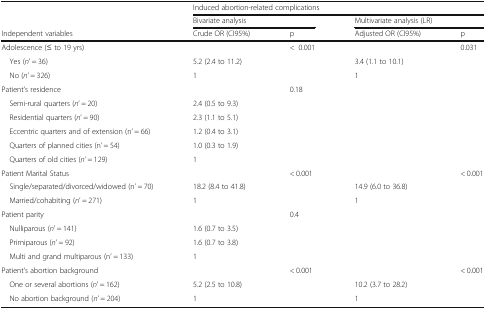
<table><thead><tr><td></td><td colspan="4"><b>Induced abortion-related complications</b></td></tr><tr><td></td><td colspan="2"><b>Bivariate analysis</b></td><td colspan="2"><b>Multivariate analysis (LR)</b></td></tr><tr><td><b>Independent variables</b></td><td><b>Crude OR (CI95%)</b></td><td><b>p</b></td><td><b>Adjusted OR (CI95%)</b></td><td><b>p</b></td></tr></thead><tbody><tr><td>Adolescence (≤ to 19 yrs)</td><td></td><td>&lt;0.001</td><td></td><td>0.031</td></tr><tr><td> Yes (<i>n</i>’ = 36)</td><td>5.2 (2.4 to 11.2)</td><td></td><td>3.4 (1.1 to 10.1)</td><td></td></tr><tr><td> No (<i>n</i>’ = 326)</td><td>1</td><td></td><td>1</td><td></td></tr><tr><td>Patient’s residence</td><td></td><td>0.18</td><td></td><td></td></tr><tr><td> Semi-rural quarters (<i>n</i>’ = 20)</td><td>2.4 (0.5 to 9.3)</td><td></td><td></td><td></td></tr><tr><td> Residential quarters (<i>n</i>’ = 90)</td><td>2.3 (1.1 to 5.1)</td><td></td><td></td><td></td></tr><tr><td> Eccentric quarters and of extension (n’ = 66)</td><td>1.2 (0.4 to 3.1)</td><td></td><td></td><td></td></tr><tr><td> Quarters of planned cities (n’ = 54)</td><td>1.0 (0.3 to 1.9)</td><td></td><td></td><td></td></tr><tr><td> Quarters of old cities (<i>n</i>’ = 129)</td><td>1</td><td></td><td></td><td></td></tr><tr><td>Patient Marital Status</td><td></td><td>&lt; 0.001</td><td></td><td>&lt; 0.001</td></tr><tr><td> Single/separated/divorced/widowed (n’ = 70)</td><td>18.2 (8.4 to 41.8)</td><td></td><td>14.9 (6.0 to 36.8)</td><td></td></tr><tr><td> Married/cohabiting (<i>n</i>’ = 271)</td><td>1</td><td></td><td>1</td><td></td></tr><tr><td>Patient parity</td><td></td><td>0.4</td><td></td><td></td></tr><tr><td> Nulliparous (<i>n</i>’ = 141)</td><td>1.6 (0.7 to 3.5)</td><td></td><td></td><td></td></tr><tr><td> Primiparous (<i>n</i>’ = 92)</td><td>1.6 (0.7 to 3.8)</td><td></td><td></td><td></td></tr><tr><td> Multi and grand multiparous (n’ = 133)</td><td>1</td><td></td><td></td><td></td></tr><tr><td>Patient’s abortion background</td><td></td><td>&lt; 0.001</td><td></td><td>&lt; 0.001</td></tr><tr><td> One or several abortions (<i>n</i>’ = 162)</td><td>5.2 (2.5 to 10.8)</td><td></td><td>10.2 (3.7 to 28.2)</td><td></td></tr><tr><td> No abortion background (<i>n</i>’ = 204)</td><td>1</td><td></td><td>1</td><td></td></tr></tbody></table>